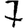
Digit: 7